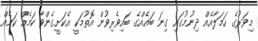
މިވަރުގެ ހަމަލާއެއް ދިނުމުގައި ގިނަ ބައެއްގެ ބައިވެރިވުން އޮތުމަކީ އެކަށީގެންވާ ކަމެއް ކަމެއް